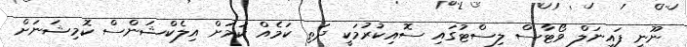
ނޫނީ ފައިނަލް ވޯޓާސް ލިސްޓުގައި ސޮއިކުރުމަކީ ދަތި ކަމެއް ކަމަށް އިލެކްޝަންސް ކޮމިޝަނަށް